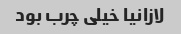
لازانیا خیلی چرب بود